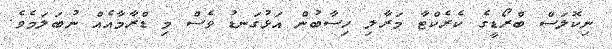
ނިކޮލަސް ބްރޯޑީގެ ކެރެކްޓާ މަރާލި ހިސާބުން އަޅުގަނޑު ވެސް މި ޑްރާމާއެއް ނުބަލަމެވެ.